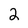
Character: 2